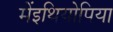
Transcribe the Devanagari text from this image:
मेंइथियोपिया